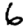
Digit: 6